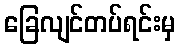
ခြေလျင်တပ်ရင်းမှ